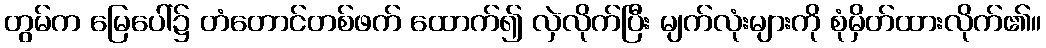
တွမ်က မြေပေါ်၌ တံတောင်တစ်ဖက် ထောက်၍ လှဲလိုက်ပြီး မျက်လုံးများကို စုံမှိတ်ထားလိုက်၏။